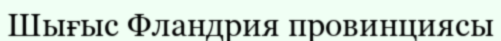
Шығыс Фландрия провинциясы